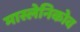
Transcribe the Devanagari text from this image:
मास्लेनिकोव